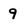
Character: 9